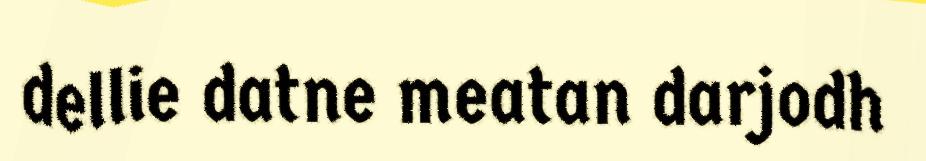
dellie datne meatan darjodh